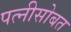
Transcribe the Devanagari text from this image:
पत्नीसोबत